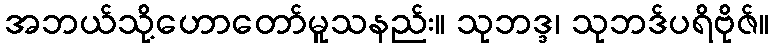
အဘယ်သို့ဟောတော်မူသနည်း။ သုဘဒ္ဒ၊ သုဘဒ်ပရိဗိုဇ်။